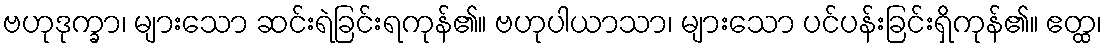
ဗဟုဒုက္ခာ၊ များသော ဆင်းရဲခြင်းရကုန်၏။ ဗဟုပါယာသာ၊ များသော ပင်ပန်းခြင်းရှိကုန်၏။ ဧတ္ထ၊